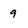
Character: 9